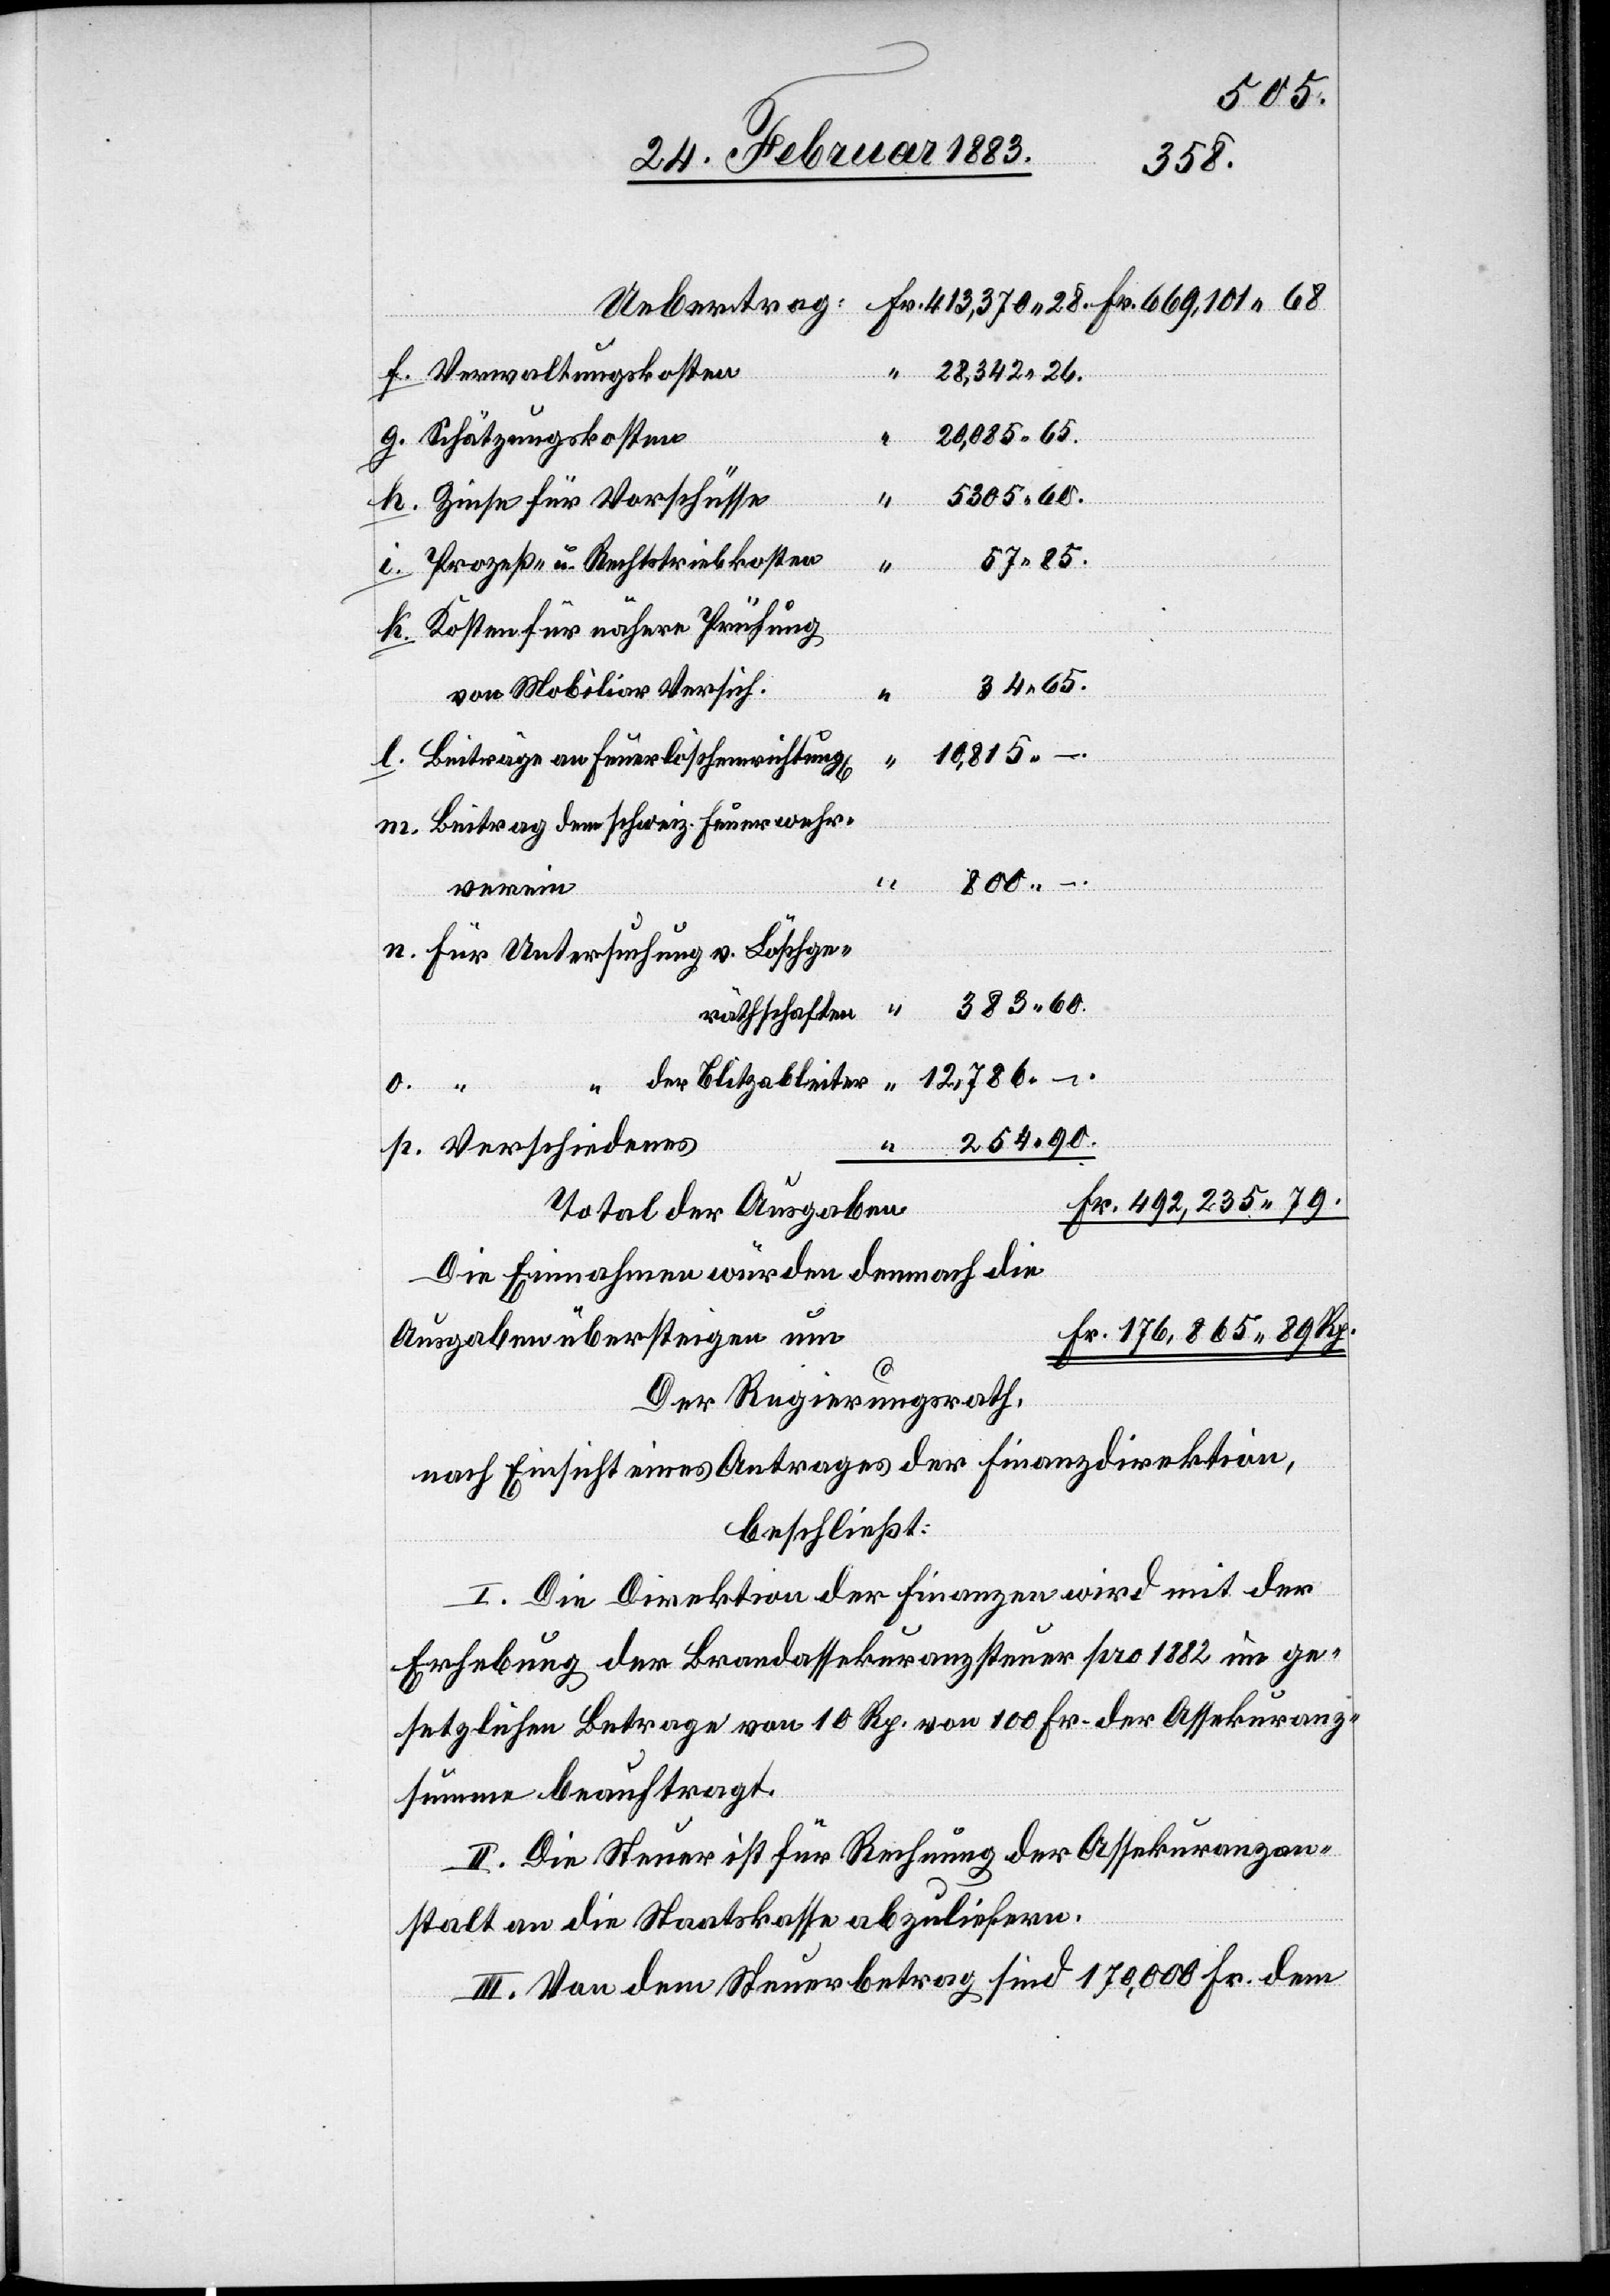
10,815.
28,342 26.
Verwaltungskosten
20,085 65.
g.
Schätzungskosten
5305 60.
Fr.
Zinse für Vorschüsse
176,865
Prozeß- u. Rechtstriebkosten
Kosten für nähere Prüfung
34 65.
von Mobiliar Vers.
–
Beiträge an Feuerlöscheinrichtung[en]
Beitrag dem schweiz. Feuerwehr¬
28.
800. –
“
verein
für Untersuchung v. Löschge¬
383 60.
o.
räthschaften
12,786 –
der Blitzableiter
n.
Verschiedenes
Total der Ausgaben
Die Einnahmen würden demnach die
Ausgaben übersteigen um
Rp.
Der Regierungsrath,
nach Einsicht eines Antrages der Finanzdirektion,
beschließt:
I. Die Direktion der Finanzen wird mit der
Erhebung der Brandassekuranzsteuer pro 1882 im ge¬
setzlichen Betrage von 10 Rp. von 100 Fr. der Assekuranz¬
summe beauftragt.
II. Die Steuer ist für Rechnung der Assekuranzan¬
stalt an die Staatskasse abzuliefern.
III. Von dem Steuerbetrag sind 170,000 Fr. dem